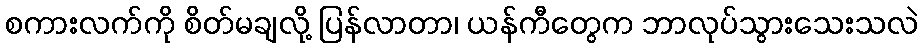
စကားလက်ကို စိတ်မချလို့ ပြန်လာတာ၊ ယန်ကီတွေက ဘာလုပ်သွားသေးသလဲ